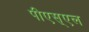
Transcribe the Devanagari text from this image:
पीएस्एल